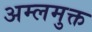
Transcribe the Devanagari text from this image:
अम्लमुक्त